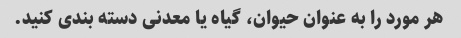
هر مورد را به عنوان حیوان، گیاه یا معدنی دسته بندی کنید.